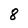
Character: 8